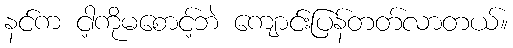
နင်က ငါ့ကိုမစောင့်ဘဲ ကျောင်းပြန်တတ်လာတယ်။